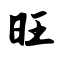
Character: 旺